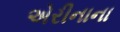
એરીનાના